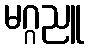
မဂ္ဂညူ